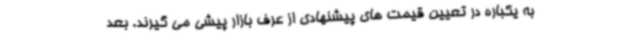
به یکباره در تعیین قیمت های پیشنهادی از عرف بازار پیشی می گیرند. بعد